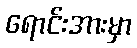
ရောင်းအားမှာ